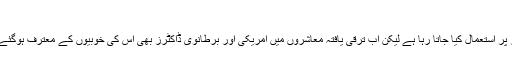
- Dunya Pakistan
نیویارک: اسلامی دنیا میں شہد کو ہمیشہ سے مختلف بیماریوں کے علاج کے طور پر استعمال کیا جاتا رہا ہے لیکن اب ترقی یافتہ معاشروں میں امریکی اور برطانوی ڈاکٹرز بھی اس کی خوبیوں کے معترف ہوگئے ہیں اور امریکا میں اسے کئی بیماریوں کا آسان اور بہترین علاج قرار دیا گیا ہے۔